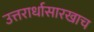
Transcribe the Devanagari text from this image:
उत्तरार्धासारखाच